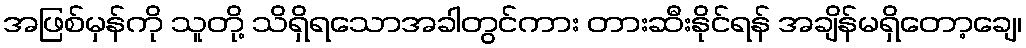
အဖြစ်မှန်ကို သူတို့ သိရှိရသောအခါတွင်ကား တားဆီးနိုင်ရန် အချိန်မရှိတော့ချေ၊